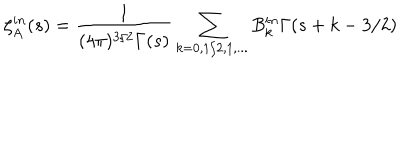
\zeta _ { A } ^ { i n } ( s ) = \frac { 1 } { ( 4 \pi ) ^ { 3 / 2 } \Gamma ( s ) } \sum _ { k = 0 , 1 / 2 , 1 , . . . } B _ { k } ^ { i n } \Gamma ( s + k - 3 / 2 )